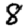
Digit: 8